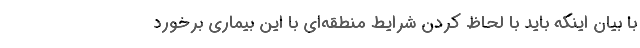
با بیان اینکه باید با لحاظ کردن شرایط منطقه‌ای با این بیماری برخورد